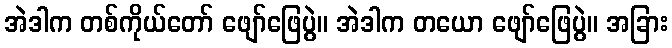
အဲဒါက တစ်ကိုယ်တော် ဖျော်ဖြေပွဲ။ အဲဒါက တယော ဖျော်ဖြေပွဲ။ အခြား